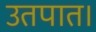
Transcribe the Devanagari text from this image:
उतपात।